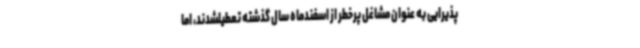
پذیرایی به عنوان مشاغل پرخطر از اسفندماه سال گذشته تعطیلشدند، اما